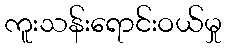
ကူးသန်းရောင်းဝယ်မှု